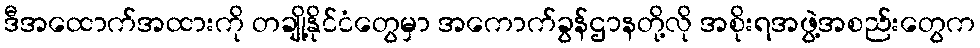
ဒီအထောက်အထားကို တချို့နိုင်ငံတွေမှာ အကောက်ခွန်ဌာနတို့လို အစိုးရအဖွဲ့အစည်းတွေက